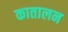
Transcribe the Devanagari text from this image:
कातालन